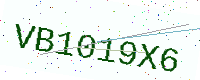
Text: VB1019X6